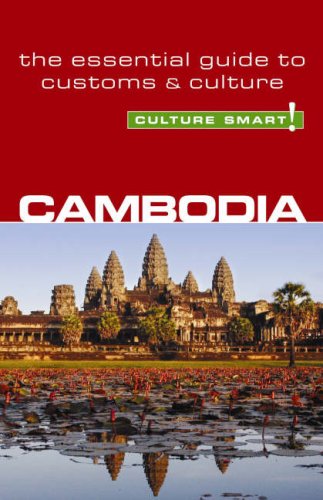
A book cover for Cambodia - Culture Smart!: the essential guide to customs & culture; Graham Saunders; Travel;